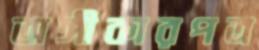
অঙ্গীকারপত্র